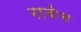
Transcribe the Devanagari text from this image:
रायेन